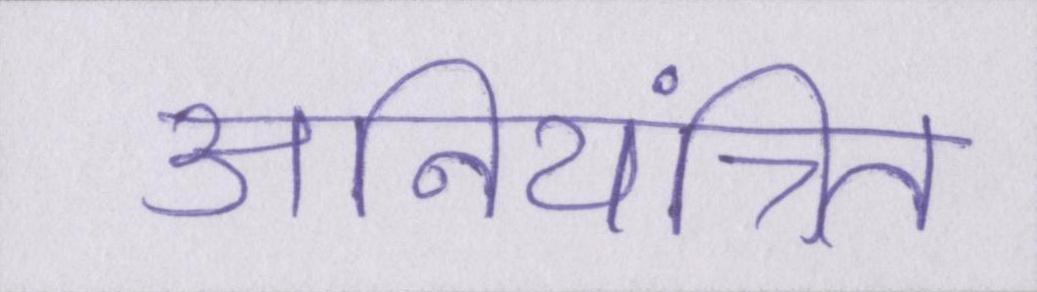
अनियंत्रित